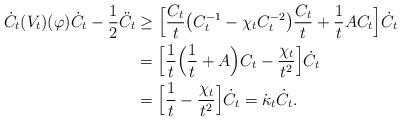
LaTeX: \begin{align*}\dot C_t(V_t)(\varphi)\dot C_t - \frac{1}{2}\ddot{C}_t&\geq\Big[\frac{C_t}{t} \big(C_t^{-1} - \chi_tC_t^{-2}\big)\frac{C_t}{t} +\frac{1}{t}AC_t \Big]\dot C_t\\&= \Big[\frac{1}{t}\Big(\frac{1}{t}+A\Big)C_t - \frac{\chi_t}{t^2} \Big]\dot C_t \\&= \Big[\frac{1}{t}- \frac{\chi_t}{t^2}\Big]\dot C_t= \dot \kappa_t \dot C_t.\end{align*}